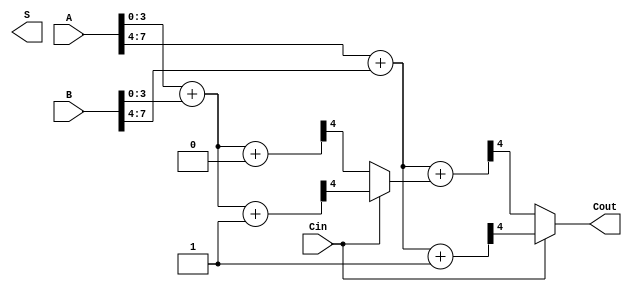
module CCSA (
    input wire [7:0] A,    // First operand
    input wire [7:0] B,    // Second operand
    input wire Cin,        // Carry-in
    output wire [7:0] S,   // Sum output
    output wire Cout       // Carry-out
);

    // Internal wires for carry and sum outputs
    wire [3:0] S0, S1;     // Sum outputs for the two blocks
    wire C0, C1;           // Carry outputs for the two blocks
    wire C0_sel, C1_sel;   // Selected carries for each block

    // Block 0: Compute sums and carries with Cin = 0 and Cin = 1
    wire [3:0] S0_0, S0_1; // Sums for block 0
    wire C0_0, C0_1;       // Carries for block 0

    // Block 1: Compute sums and carries with Cin = 0 and Cin = 1
    wire [3:0] S1_0, S1_1; // Sums for block 1
    wire C1_0, C1_1;       // Carries for block 1

    // Block 0: 4-bit additions
    assign {C0_0, S0_0} = A[3:0] + B[3:0] + 1'b0; // Carry with Cin = 0
    assign {C0_1, S0_1} = A[3:0] + B[3:0] + 1'b1; // Carry with Cin = 1

    // Block 1: 4-bit additions
    assign {C1_0, S1_0} = A[7:4] + B[7:4] + C0_sel; // Carry with selected C0
    assign {C1_1, S1_1} = A[7:4] + B[7:4] + 1'b1;   // Carry with Cin = 1

    // Carry selection logic for Block 0
    assign C0_sel = Cin ? C0_1 : C0_0; // Select carry based on Cin

    // Carry selection logic from Block 0 to Block 1
    assign C1_sel = Cin ? C1_1 : C1_0; // Select carry for Block 1

    // Final outputs
    assign S = {S1, S0}; // Concatenate sums from both blocks
    assign Cout = C1_sel; // Final carry-out from the last block

endmodule